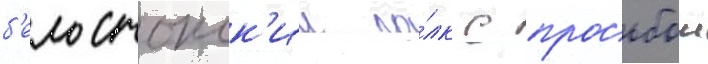
б'елостокск'ии по́лк с просьбои